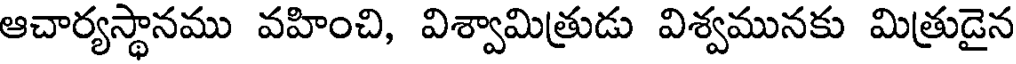
ఆచార్యస్థానము వహించి, విశ్వామిత్రుడు విశ్వమునకు మిత్రుడైన